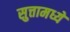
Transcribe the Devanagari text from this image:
सुत्तामध्ये